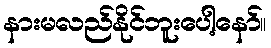
နားမလည်နိုင်ဘူးပေါ့နော်။